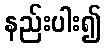
နည်းပါး၍